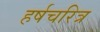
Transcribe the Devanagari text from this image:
हर्षचरित्र